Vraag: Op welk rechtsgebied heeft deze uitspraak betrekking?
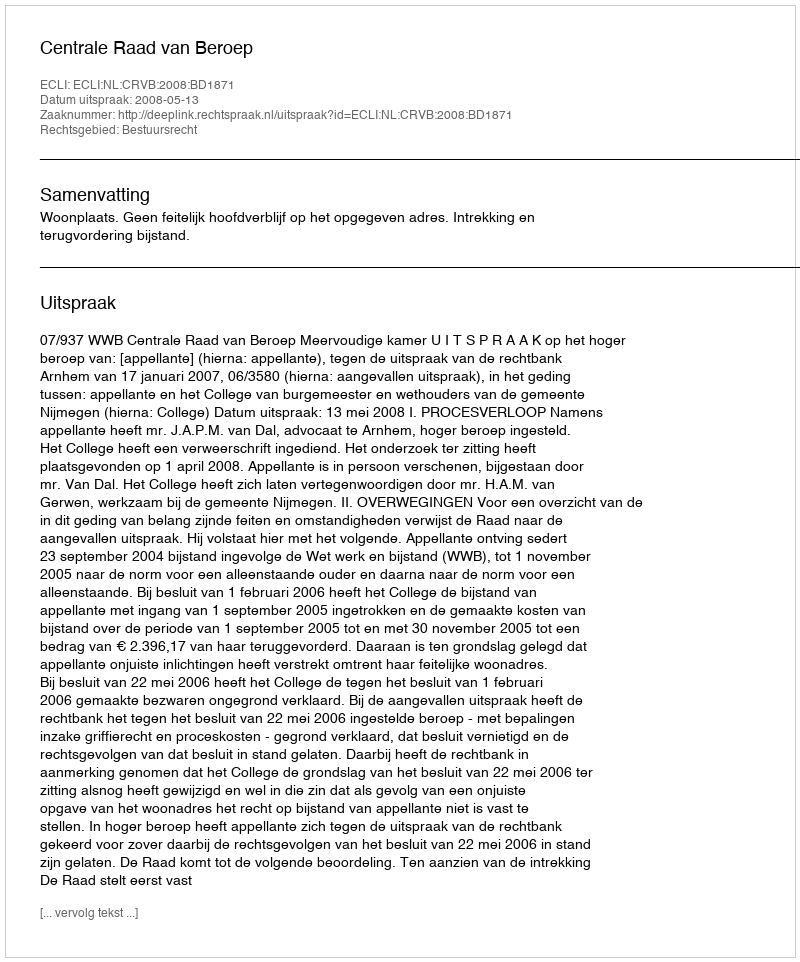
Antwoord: Bestuursrecht